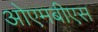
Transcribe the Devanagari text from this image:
ओएमबीएस